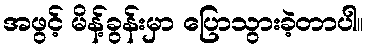
အဖွင့် မိန့်ခွန်းမှာ ပြောသွားခဲ့တာပါ။